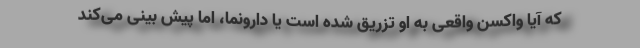
که آیا واکسن واقعی به او تزریق شده است یا دارونما، اما پیش بینی می‌کند